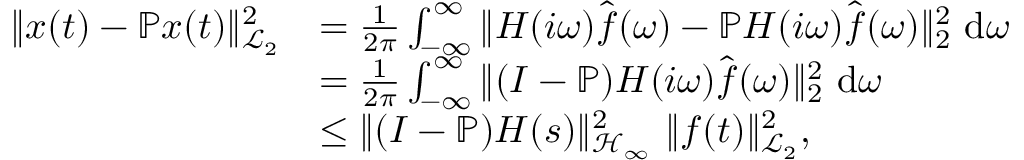
\begin{array} { r l } { \| \b { x } ( t ) - \mathbb { P } \b { x } ( t ) \| _ { \mathcal { L } _ { 2 } } ^ { 2 } } & { = \frac { 1 } { 2 \pi } \int _ { - \infty } ^ { \infty } \| \b { H } ( i \omega ) \hat { \b { f } } ( \omega ) - \mathbb { P } \b { H } ( i \omega ) \hat { \b { f } } ( \omega ) \| _ { 2 } ^ { 2 } ~ \mathrm { d } \omega } \\ & { = \frac { 1 } { 2 \pi } \int _ { - \infty } ^ { \infty } \| ( \b { I } - \mathbb { P } ) \b { H } ( i \omega ) \hat { \b { f } } ( \omega ) \| _ { 2 } ^ { 2 } ~ \mathrm { d } \omega } \\ & { \le \| ( \b { I } - \mathbb { P } ) \b { H } ( s ) \| _ { \mathcal { H } _ { \infty } } ^ { 2 } ~ \| \b { f } ( t ) \| _ { \mathcal { L } _ { 2 } } ^ { 2 } , } \end{array}